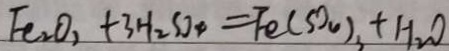
F e _ { 2 } O _ { 2 } + 3 H _ { 2 } S O _ { 4 } = F e ( S O _ { 4 } ) _ { 3 } + H _ { 2 } O